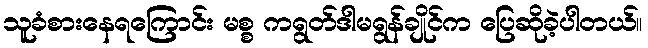
သူခံစားနေရကြောင်း မစ္စ ကရွတ်ဒါမရွန်ချိုင်က ပြေဆိုခဲ့ပါတယ်။